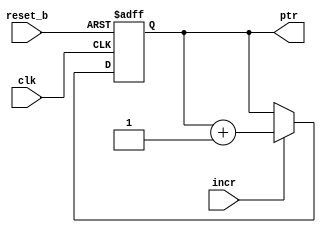
module POINTER
    #(parameter DEPTH = 5 )
    (input                clk, reset_b, incr,
    output reg [DEPTH:0] ptr);
    always@(posedge clk, negedge reset_b)
        if (~reset_b) ptr <= 0;
        else if (incr) ptr <= ptr + 1;
endmodule